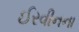
ઈરવીનના